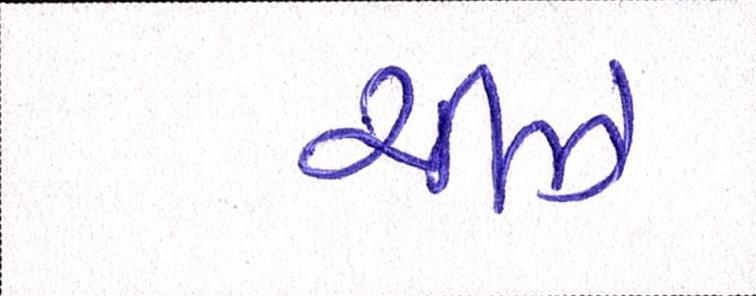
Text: ચીઝ